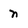
Character: n